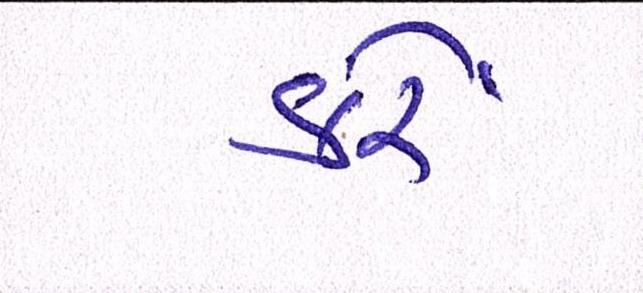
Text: કરેં